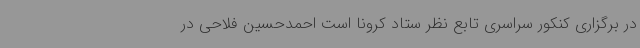
در برگزاری کنکور سراسری تابع نظر ستاد کرونا است احمدحسین فلاحی در